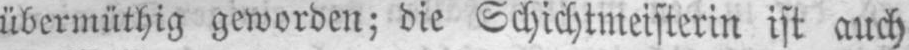
übermüthig geworden; die Schichtmeisterin ist auch